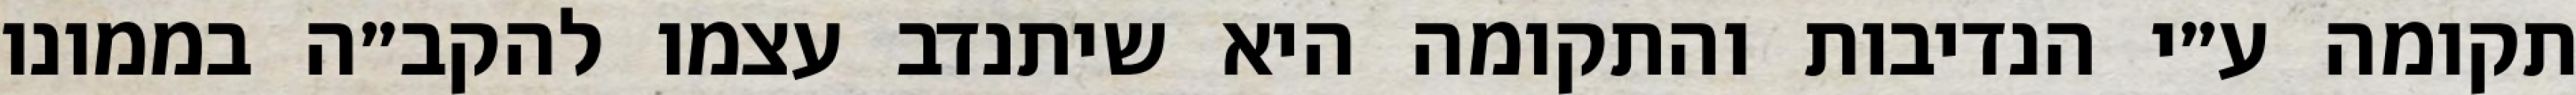
תקומה ע״י הנדיבות והתקומה היא שיתנדב עצמו להקב״ה בממונו